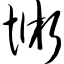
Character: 怵